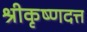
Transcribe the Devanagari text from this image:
श्रीकृष्णदत्त